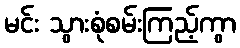
မင်း သွားစုံစမ်းကြည့်ကွာ